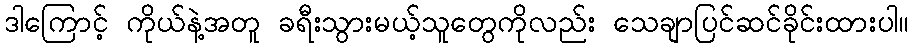
ဒါကြောင့် ကိုယ်နဲ့အတူ ခရီးသွားမယ့်သူတွေကိုလည်း သေချာပြင်ဆင်ခိုင်းထားပါ။